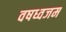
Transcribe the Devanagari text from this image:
वषध्वजम